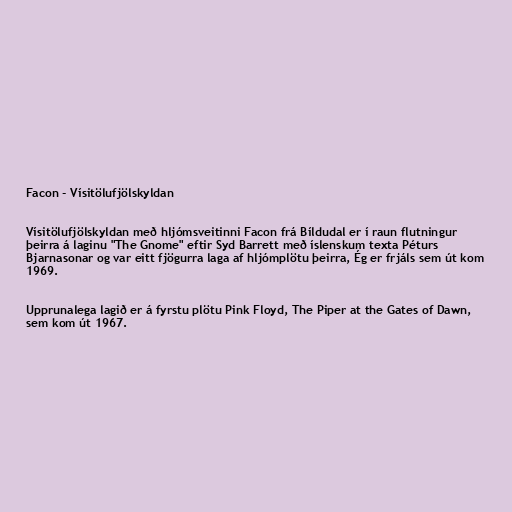
Facon - Vísitölufjölskyldan

Vísitölufjölskyldan með hljómsveitinni Facon frá Bíldudal er í raun flutningur
þeirra á laginu "The Gnome" eftir Syd Barrett með íslenskum texta Péturs
Bjarnasonar og var eitt fjögurra laga af hljómplötu þeirra, Ég er frjáls sem út kom
1969.

Upprunalega lagið er á fyrstu plötu Pink Floyd, The Piper at the Gates of Dawn,
sem kom út 1967.